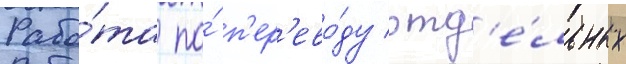
Рабо́та по́ п'ер'ево́ду отд'е́льных